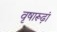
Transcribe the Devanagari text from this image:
वृषारूढ़ां